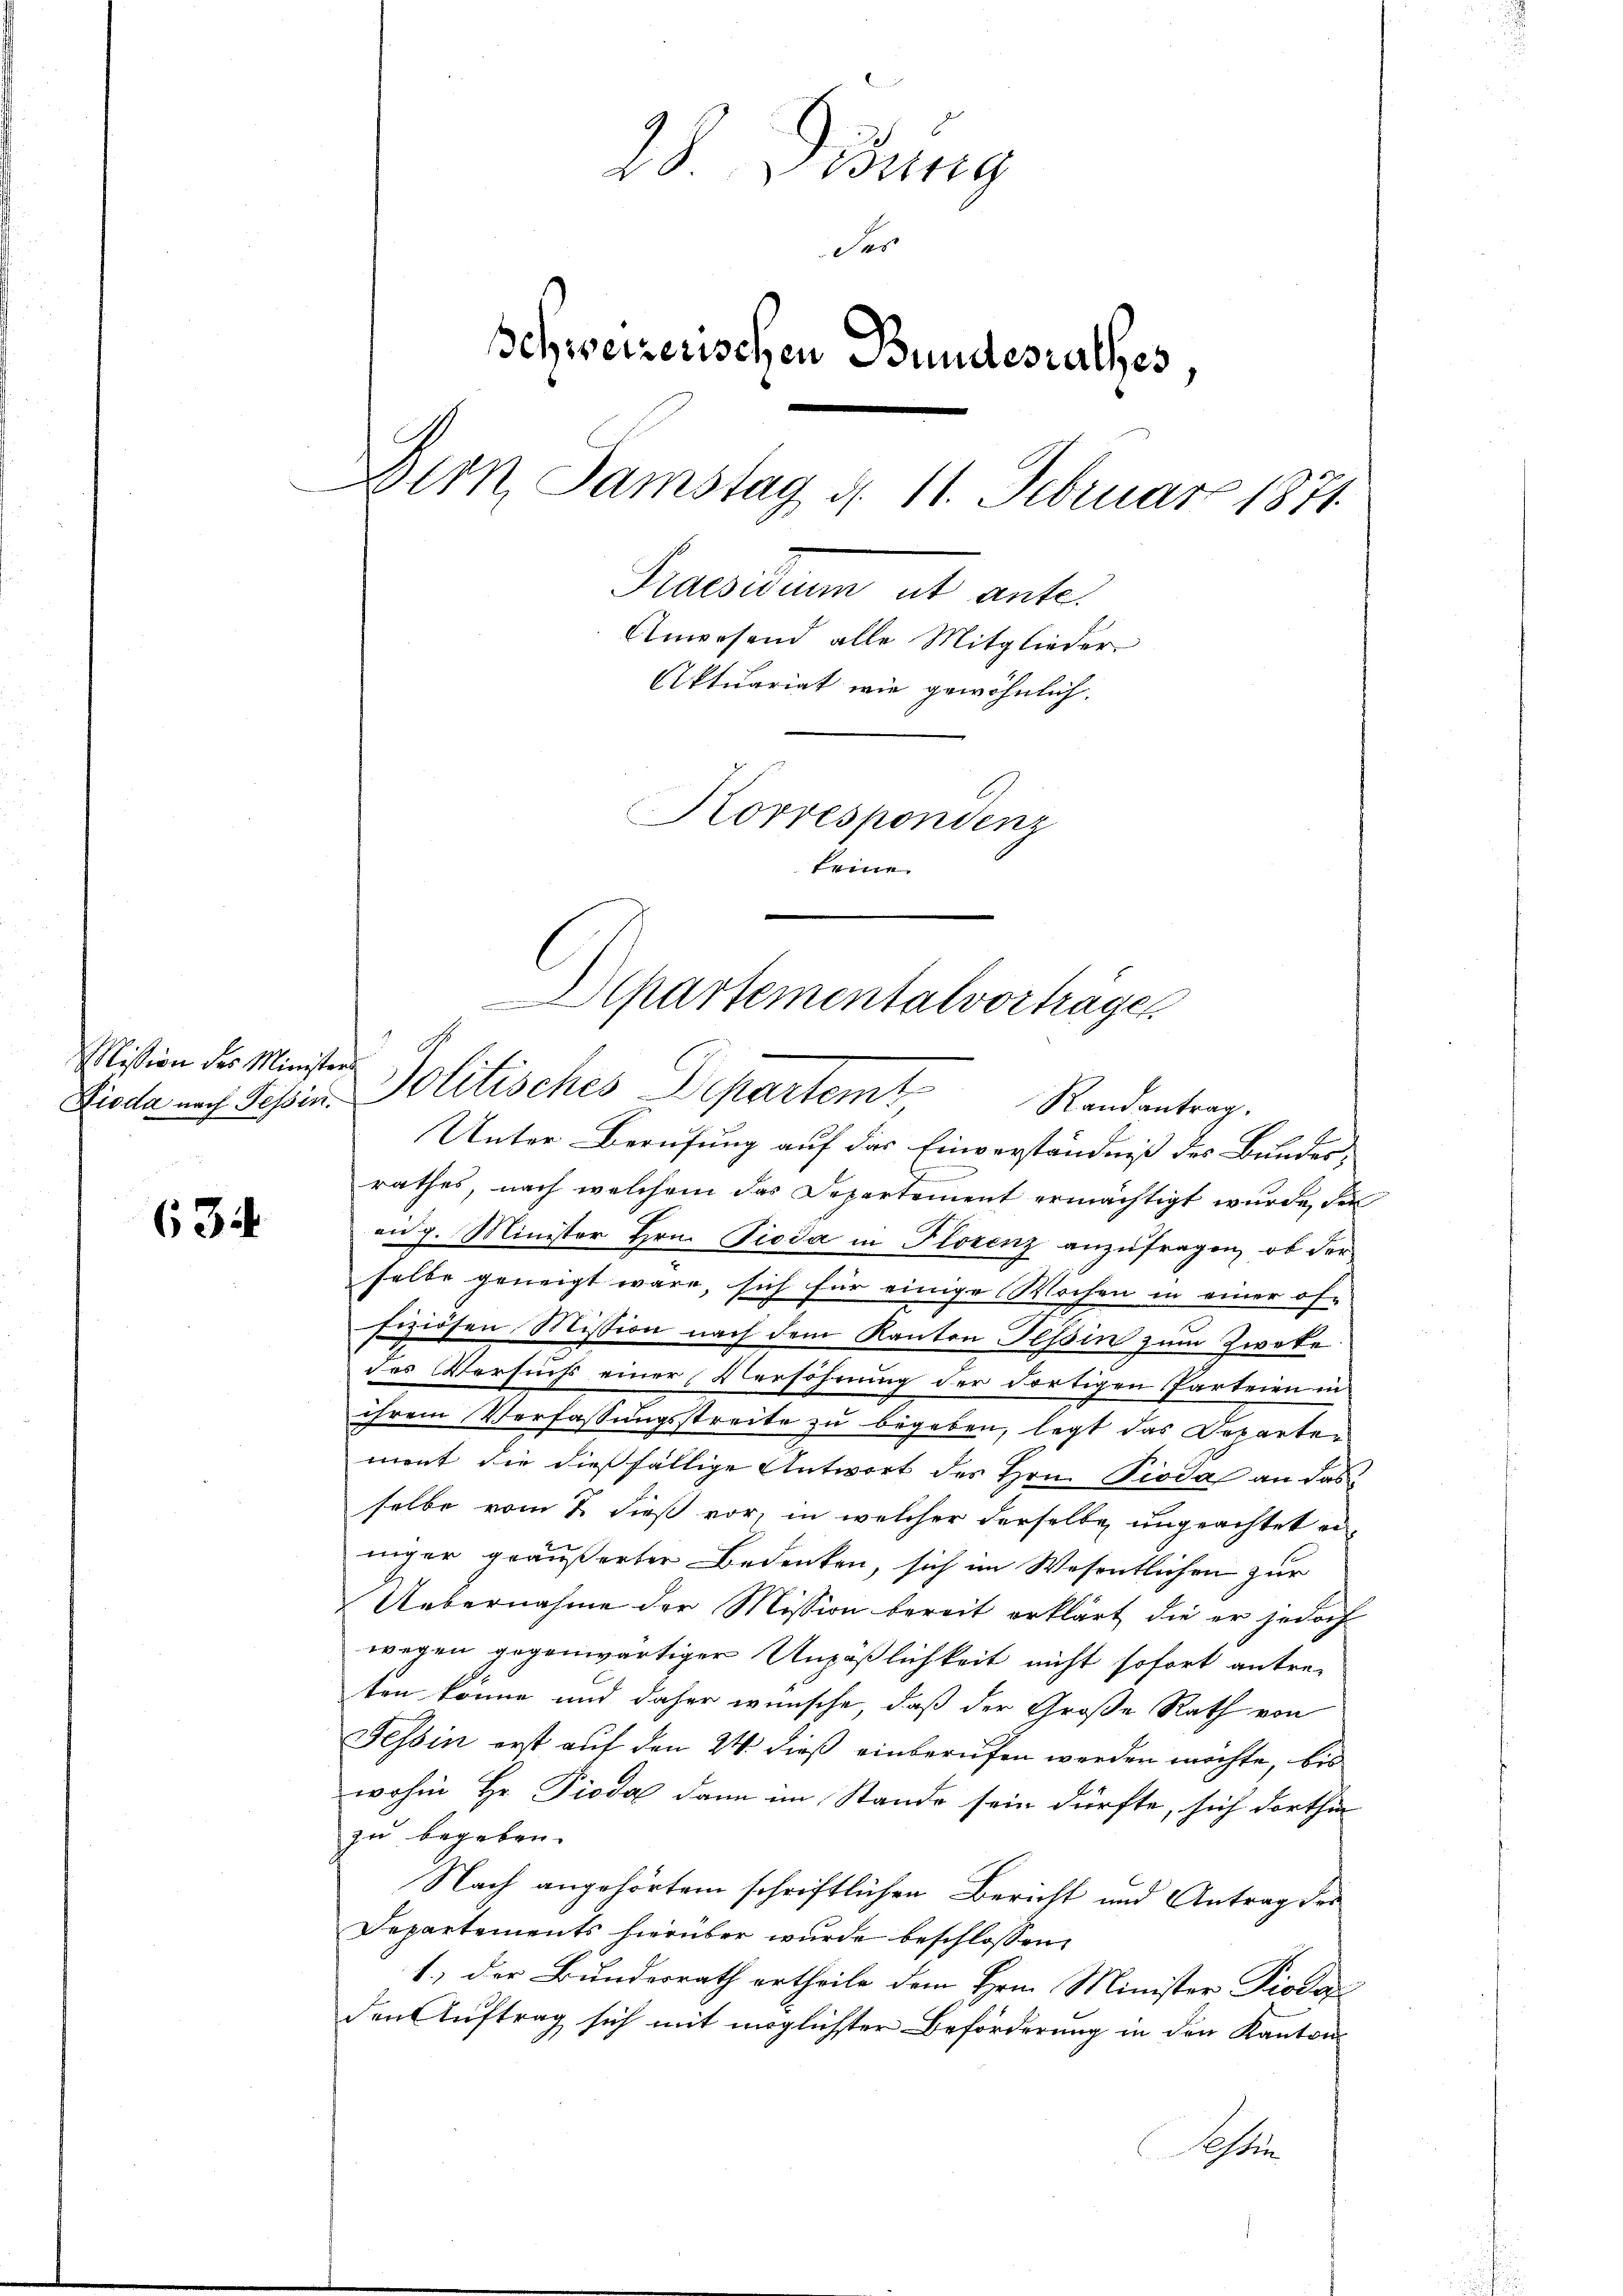
Mission des Minister

634

28 steig
Ses
Schweizerischen Bundesrathes,
Dern, Samstag d. 11. Februar 1871.
Praesidium ut ante.
Anwesend alle Mitglieder
Aktuariat wie gewöhnlich.
Korrespondenz
feine

Apartementalvorträgen
Dioda nach Sein Politisches Departemt
Randantrag.

Unter Berufung auf das Einverständniß des Bundes-
n
rathes, nach welchem das Departement ermächtigt wurde, die
ang. Minister Hrn. Pioda in Florenz anzufragen, ob der
selbe geneigt wäre, sich für einige Wochen in einer of-
fiziösen Mission nach dem Kanton Tessin zum Zweke
des Versuchs einer Versöhnung der dortigen Parteien in
ihrem Verfassungsstreite zu begeben, legt das Departei
ment die dießfällige Antwort des Hrn. Pioda an das
selbe vom 2. dieß vor, in welcher derselbe ungeachtet einiger geäußerter Bedenken, sich im Wesentlichen zur
Uebernahme der Mission bereit erklärt, die er jedoch
wegen gegenwärtiger Unpäßlichkeit nicht sofort antre-
ten könne und daher wünsche, daß der Große Rath von
Tessin erst auf den 24. dieß einberufen werden möchte, bis
wohin Hr. Pioda dann im Stande sein dürfte, sich dorthin
zu begeben.
Nach angehörtem schriftlichen Bericht und Antrag der
Departements hierüber wurde beschlossen,
1.) Der Bundesrath ertheile dem Herrn Minister Piodar
den Auftrag sich mit möglichster Beförderung in den Kantons
Kessen